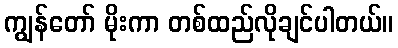
ကျွန်တော် မိုးကာ တစ်ထည်လိုချင်ပါတယ်။